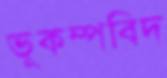
ভূকম্পবিদ